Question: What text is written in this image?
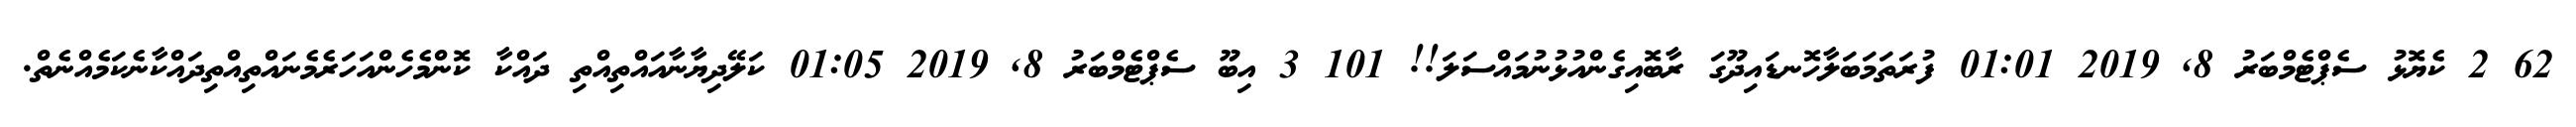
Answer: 62 2 ކެޔޮޅު ސެޕްޓެމްބަރު 8, 2019 01:01 ފުރަތަމަބަލާހޮނޑައިދޫގަ ރާބޮއިގެންއުޅުނުމައްސަލަ!! 101 3 އިބޫ ސެޕްޓެމްބަރު 8, 2019 01:05 ކަލޭދިޔާނާއައްތިއްތި ދައްކާ ކޮންމެހެންއަހަރެމެނައްތިއްތިދައްކާނެކަމެއްނެތް.